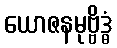
ယောဇနမုဗ္ဗိဒ္ဓံ